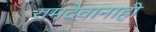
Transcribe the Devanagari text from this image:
रामदेवानाही